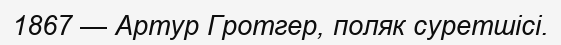
1867 — Артур Гротгер, поляк суретшісі.